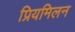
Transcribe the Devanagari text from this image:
प्रियमिलन